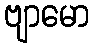
ဗျာမော